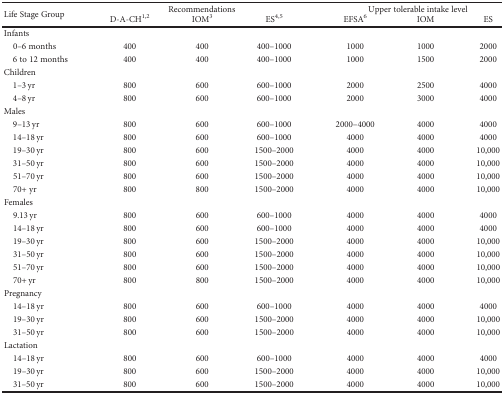
<table><thead><tr><td rowspan="2"><b>Life Stage Group</b></td><td colspan="3"><b>Recommendations</b></td><td colspan="3"><b>Upper tolerable intake level</b></td></tr><tr><td><b>D-A-CH<sup>1,2</sup></b></td><td><b>IOM<sup>3</sup></b></td><td><b>ES<sup>4,5</sup></b></td><td><b>EFSA<sup>6</sup></b></td><td><b>IOM</b></td><td><b>ES</b></td></tr></thead><tbody><tr><td colspan="7">Infants</td></tr><tr><td> 0–6 months</td><td>400</td><td>400</td><td>400–1000</td><td>1000</td><td>1000</td><td>2000</td></tr><tr><td> 6 to 12 months</td><td>400</td><td>400</td><td>400–1000</td><td>1000</td><td>1500</td><td>2000</td></tr><tr><td colspan="7">Children</td></tr><tr><td> 1–3 yr</td><td>800</td><td>600</td><td>600–1000</td><td>2000</td><td>2500</td><td>4000</td></tr><tr><td> 4–8 yr</td><td>800</td><td>600</td><td>600–1000</td><td>2000</td><td>3000</td><td>4000</td></tr><tr><td colspan="7">Males</td></tr><tr><td> 9–13 yr</td><td>800</td><td>600</td><td>600–1000</td><td>2000–4000</td><td>4000</td><td>4000</td></tr><tr><td> 14–18 yr</td><td>800</td><td>600</td><td>600–1000</td><td>4000</td><td>4000</td><td>4000</td></tr><tr><td> 19–30 yr</td><td>800</td><td>600</td><td>1500–2000</td><td>4000</td><td>4000</td><td>10,000</td></tr><tr><td> 31–50 yr</td><td>800</td><td>600</td><td>1500–2000</td><td>4000</td><td>4000</td><td>10,000</td></tr><tr><td> 51–70 yr</td><td>800</td><td>600</td><td>1500–2000</td><td>4000</td><td>4000</td><td>10,000</td></tr><tr><td> 70+ yr</td><td>800</td><td>800</td><td>1500–2000</td><td>4000</td><td>4000</td><td>10,000</td></tr><tr><td colspan="7">Females</td></tr><tr><td> 9.13 yr</td><td>800</td><td>600</td><td>600–1000</td><td>4000</td><td>4000</td><td>4000</td></tr><tr><td> 14–18 yr</td><td>800</td><td>600</td><td>600–1000</td><td>4000</td><td>4000</td><td>4000</td></tr><tr><td> 19–30 yr</td><td>800</td><td>600</td><td>1500–2000</td><td>4000</td><td>4000</td><td>10,000</td></tr><tr><td> 31–50 yr</td><td>800</td><td>600</td><td>1500–2000</td><td>4000</td><td>4000</td><td>10,000</td></tr><tr><td> 51–70 yr</td><td>800</td><td>600</td><td>1500–2000</td><td>4000</td><td>4000</td><td>10,000</td></tr><tr><td> 70+ yr</td><td>800</td><td>800</td><td>1500–2000</td><td>4000</td><td>4000</td><td>10,000</td></tr><tr><td colspan="7">Pregnancy</td></tr><tr><td> 14–18 yr</td><td>800</td><td>600</td><td>600–1000</td><td>4000</td><td>4000</td><td>4000</td></tr><tr><td> 19–30 yr</td><td>800</td><td>600</td><td>1500–2000</td><td>4000</td><td>4000</td><td>10,000</td></tr><tr><td> 31–50 yr</td><td>800</td><td>600</td><td>1500–2000</td><td>4000</td><td>4000</td><td>10,000</td></tr><tr><td colspan="7">Lactation</td></tr><tr><td> 14–18 yr</td><td>800</td><td>600</td><td>600–1000</td><td>4000</td><td>4000</td><td>4000</td></tr><tr><td> 19–30 yr</td><td>800</td><td>600</td><td>1500–2000</td><td>4000</td><td>4000</td><td>10,000</td></tr><tr><td> 31–50 yr</td><td>800</td><td>600</td><td>1500–2000</td><td>4000</td><td>4000</td><td>10,000</td></tr></tbody></table>